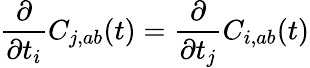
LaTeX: \frac{\partial}{\partial t_{i}}C_{j,ab}(t)=\frac{\partial}{\partial t_{j}}C_{i,ab}(t)